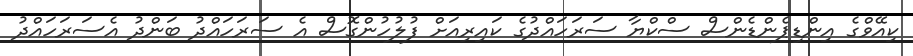
ކިއޭވްގެ އިންޑިޕެންޑެންސް ސްކްޔާ ސަރަހައްދުގެ ކައިރިއަށް ފުލުހުންގޮސް އެ ސަރަހައްދު ބަންދު އެސަރަހައްދު